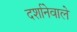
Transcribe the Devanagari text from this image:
दर्शानेवाले